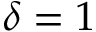
\delta = 1